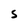
Character: S